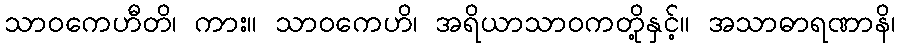
သာဝကေဟီတိ၊ ကား။ သာဝကေဟိ၊ အရိယာသာဝကတို့နှင့်။ အသာဓာရဏာနိ၊